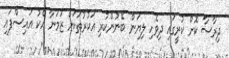
ދިރާސާ ކޮށް ކުރީގައި ދިވެހި ލިޔަން ބޭނުންކުރި އަކުރުތަކަށް ޒަމަނާ އެކު އައިސްފައި